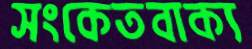
সংকেতবাক্য